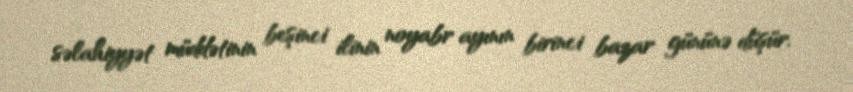
səlahiyyət müddətinin beşinci ilinin noyabr ayının birinci bazar gününə düşür.